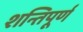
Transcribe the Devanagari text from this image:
शन्तिपूर्ण